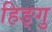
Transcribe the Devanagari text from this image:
हिङ्गु